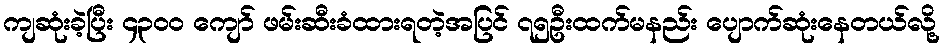
ကျဆုံးခဲ့ပြီး ၄၃၀၀ ကျော် ဖမ်းဆီးခံထားရတဲ့အပြင် ၇၅ဦးထက်မနည်း ပျောက်ဆုံးနေတယ်လို့